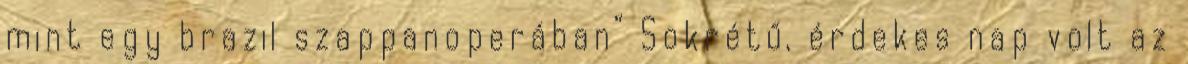
mint egy brazil szappanoperában” Sokrétű, érdekes nap volt az